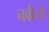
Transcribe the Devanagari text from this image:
नवीसों